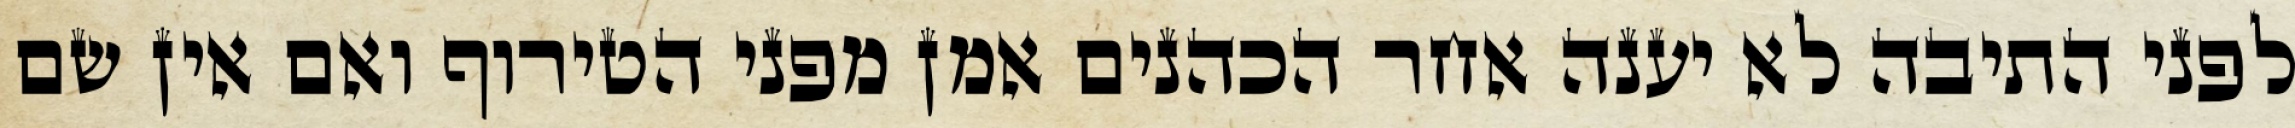
לפני התיבה לא יענה אחר הכהנים אמן מפני הטירוף ואם אין שם